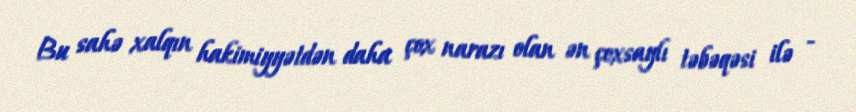
Bu sahə xalqın hakimiyyətdən daha çox narazı olan ən çoxsaylı təbəqəsi ilə -